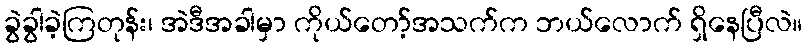
ခွဲခွါခဲ့ကြတုန်း၊ အဲဒီအခါမှာ ကိုယ်တော့်အသက်က ဘယ်လောက် ရှိနေပြီလဲ။